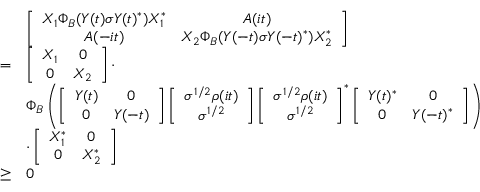
\begin{array} { r l } & { \left[ \begin{array} { c c } { X _ { 1 } \Phi _ { B } ( Y ( t ) \sigma Y ( t ) ^ { * } ) X _ { 1 } ^ { * } } & { A ( i t ) } \\ { A ( - i t ) } & { X _ { 2 } \Phi _ { B } ( Y ( - t ) \sigma Y ( - t ) ^ { * } ) X _ { 2 } ^ { * } } \end{array} \right] } \\ { = } & { \left[ \begin{array} { c c } { X _ { 1 } } & { 0 } \\ { 0 } & { X _ { 2 } } \end{array} \right] \cdot } \\ & { \Phi _ { B } \left( \left[ \begin{array} { c c } { Y ( t ) } & { 0 } \\ { 0 } & { Y ( - t ) } \end{array} \right] \left[ \begin{array} { c } { \sigma ^ { 1 / 2 } \rho ( i t ) } \\ { \sigma ^ { 1 / 2 } } \end{array} \right] \left[ \begin{array} { c } { \sigma ^ { 1 / 2 } \rho ( i t ) } \\ { \sigma ^ { 1 / 2 } } \end{array} \right] ^ { * } \left[ \begin{array} { c c } { Y ( t ) ^ { * } } & { 0 } \\ { 0 } & { Y ( - t ) ^ { * } } \end{array} \right] \right) } \\ & { \cdot \left[ \begin{array} { c c } { X _ { 1 } ^ { * } } & { 0 } \\ { 0 } & { X _ { 2 } ^ { * } } \end{array} \right] } \\ { \ge } & { 0 } \end{array}